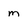
Character: m